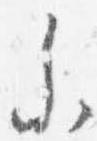
参